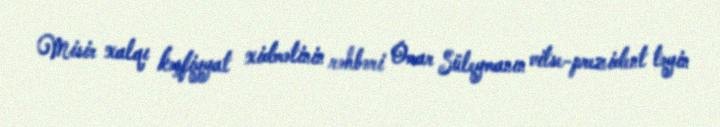
Misir xalqı kəşfiyyat xidmətinin rəhbəri Omar Süleymanın vitse-prezident təyin